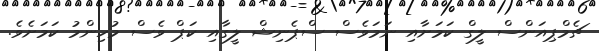
ޗެމްޕިއަންސް ލީގް ކަމަށާއި ނަމަވެސް ސްޕެނިޝް ލީގާއި ކަޕް ވެސް މުހިންމު ކަމަށެވެ.